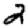
Digit: 2